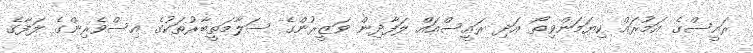
ރައީސްގެ އަމުރައް ކިޔަމަންވިތޯ އަދި ރައީސްއައް ލަފާދިން ވަޒީރުންގެ ސަލާމަތީބާރުތަކުގެ އިސްވެރިންގެ ލަފާގެ